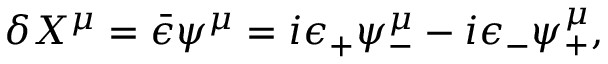
\delta X ^ { \mu } = \bar { \epsilon } \psi ^ { \mu } = i \epsilon _ { + } \psi _ { - } ^ { \mu } - i \epsilon _ { - } \psi _ { + } ^ { \mu } ,